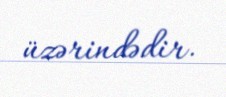
üzərindədir.